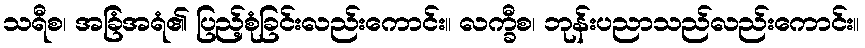
သရီစ၊ အခြံအရံ၏ ပြည့်စုံခြင်းလည်းကောင်း။ လက္ခီစ၊ ဘုန်းပညာသည်လည်းကောင်း။